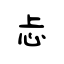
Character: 忐